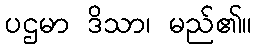
ပဌမာ ဒိသာ၊ မည်၏။